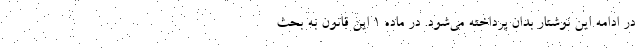
در ادامه این نوشتار بدان پرداخته می‌شود. در ماده ۱ این قانون به بحث